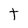
Character: t